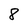
Character: 8